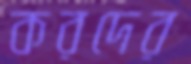
করদের